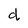
Character: d